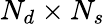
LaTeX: N_{d}\times N_{s}